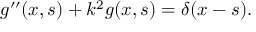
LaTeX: g ^ { \prime \prime } ( x , s ) + k ^ { 2 } g ( x , s ) = \delta ( x - s ) .